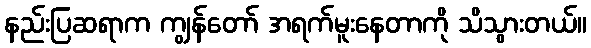
နည်းပြဆရာက ကျွန်တော် အရက်မူးနေတာကို သိသွားတယ်။